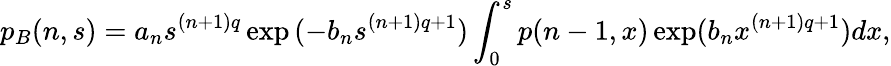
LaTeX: p_{B}(n,s)=a_{n}s^{(n+1)q}\exp{(-b_{n}s^{(n+1)q+1})}\int_{0}^{s}p(n-1,x)\exp(b_{n}x^{(n+1)q+1})dx,